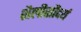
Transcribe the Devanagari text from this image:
शैलीसौंदर्य